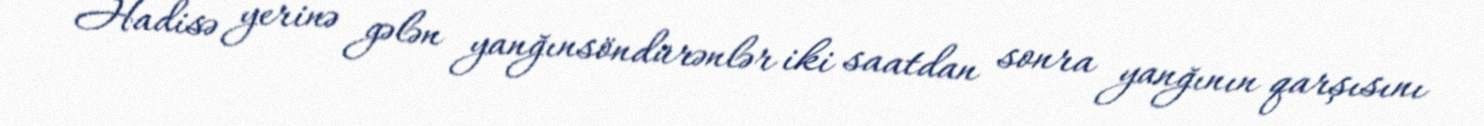
Hadisə yerinə gələn yanğınsöndürənlər iki saatdan sonra yanğının qarşısını